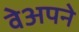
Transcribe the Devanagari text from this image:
वेअपने